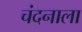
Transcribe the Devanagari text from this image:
चंदनाला